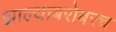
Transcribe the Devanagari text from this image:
झाल्याबरोबरच